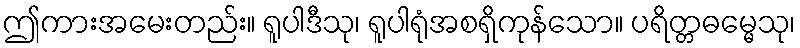
ဤကားအမေးတည်း။ ရူပါဒီသု၊ ရူပါရုံအစရှိကုန်သော။ ပရိတ္တဓမ္မေသု၊